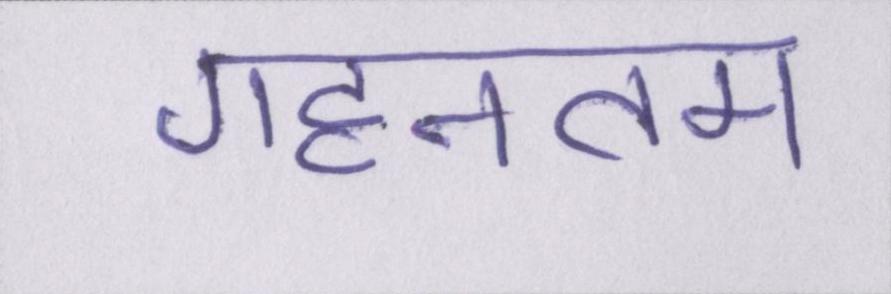
गहनतम